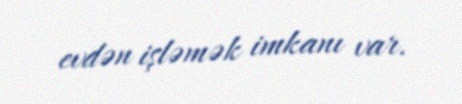
evdən işləmək imkanı var.